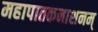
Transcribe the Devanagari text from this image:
महापातकनाशनम्‌